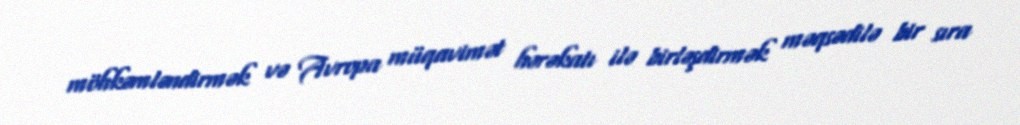
möhkəmləndirmək və Avropa müqavimət hərəkatı ilə birləşdirmək məqsədilə bir sıra